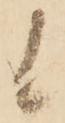
候